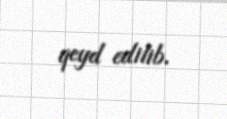
qeyd edilib.